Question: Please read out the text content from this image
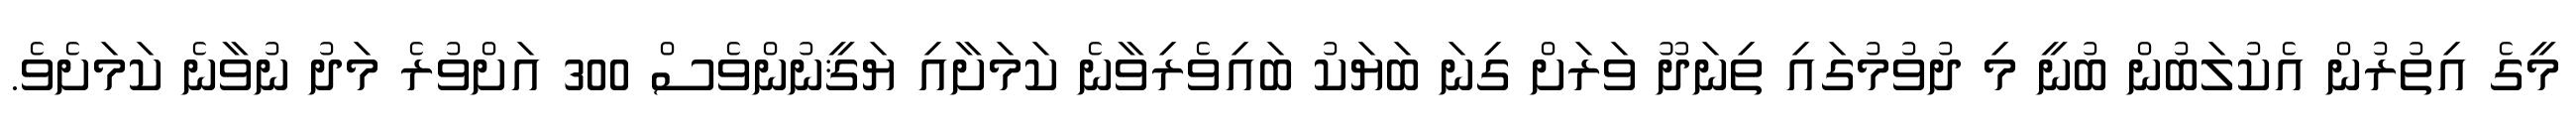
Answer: މީގެ އިތުރުން އެކުލަބުން ބުނީ މި ދުވުމުގައި ތިނަދޫ ވަރަށް ގިނަ ބަޔަކު ބައިވެރިވާނެ ކަމަށާއި ޔަޤީނުންވެސް 300 އަށްވުރެ މަދު ނުވާނެ ކަމަށެވެ.